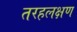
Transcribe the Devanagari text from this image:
तरहलक्षण